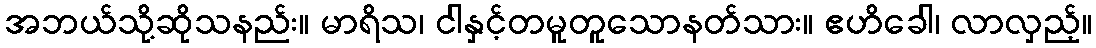
အဘယ်သို့ဆိုသနည်း။ မာရိသ၊ ငါနှင့်တမူတူသောနတ်သား။ ဧဟိခေါ၊ လာလှည့်။